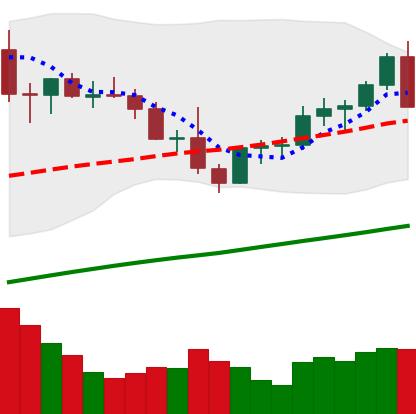
Ticker: LTC-USD
Chart end date: 2021-04-03
Forward return: 15.143%
Label: up_7plus